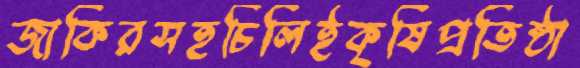
জাকিরসহচিলিইকৃষিপ্রতিষ্ঠা